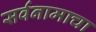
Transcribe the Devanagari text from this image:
सर्वनामाचा